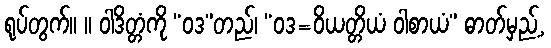
ရုပ်တွက်။ ။ ဝါဒိတ္တံကို “ဝဒ”တည်၊ “ဝဒ=ဝိယတ္တိယံ ဝါစာယံ” ဓာတ်မှည့်,